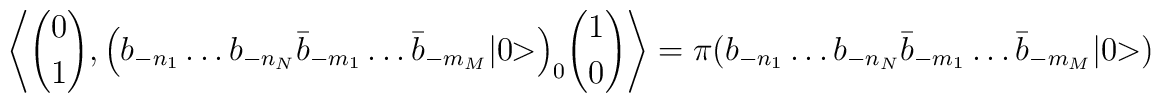
\Biggl\langle {0 \choose 1}, \Bigl(b_{-n_1} \dots b_{-n_N} \bar b_{-m_1} \dots \bar b_{-m_M} \vert 0 \!\!> \Bigr)_0 {1 \choose 0}  \Biggr\rangle=\pi ( b_{-n_1} \dots b_{-n_N} \bar b_{-m_1} \dots \bar b_{-m_M} \vert 0 \!\!>)